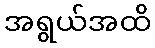
အရွယ်အထိ